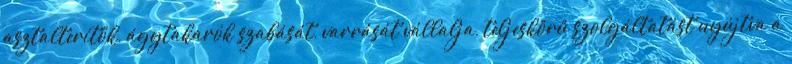
asztalterítők, ágytakarók szabását, varrását vállalja, teljeskörű szolgáltatást nyújtva a